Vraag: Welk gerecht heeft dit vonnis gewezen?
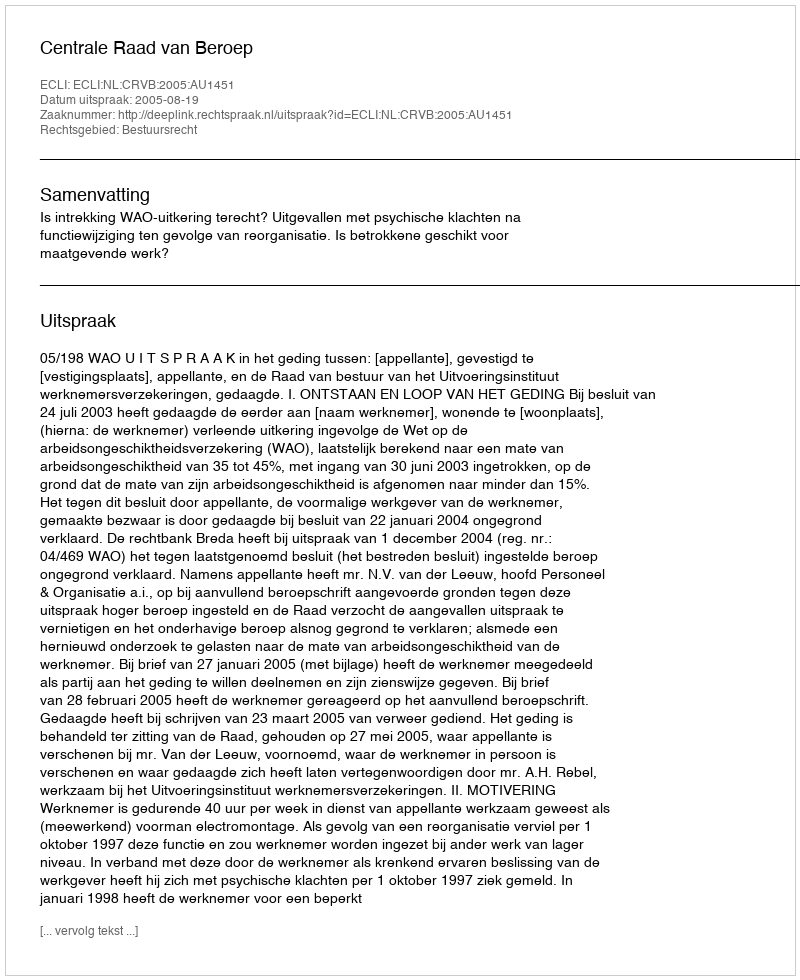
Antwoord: Centrale Raad van Beroep